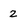
Character: 2